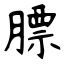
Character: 膘